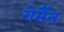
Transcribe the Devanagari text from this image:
गेर्मैन